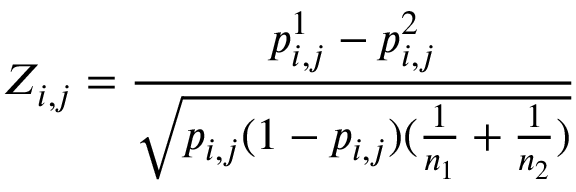
Z _ { i , j } = \frac { p _ { i , j } ^ { 1 } - p _ { i , j } ^ { 2 } } { \sqrt { p _ { i , j } ( 1 - p _ { i , j } ) ( \frac { 1 } { n _ { 1 } } + \frac { 1 } { n _ { 2 } } ) } }